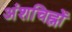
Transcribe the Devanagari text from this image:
अंशचिह्नों